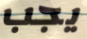
يجب